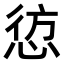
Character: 𭝁